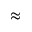
\approx